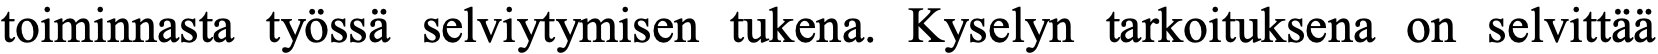
toiminnasta työssä selviytymisen tukena. Kyselyn tarkoituksena on selvittää